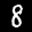
Label: 8